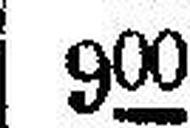
900